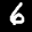
Label: 6